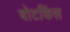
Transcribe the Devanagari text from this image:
बोटकिंस